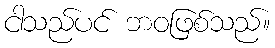
ငါသည်ပင် ဘဝဖြစ်သည်။